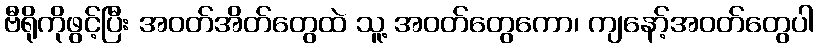
ဗီရိုကိုဖွင့်ပြီး အဝတ်အိတ်တွေထဲ သူ့ အဝတ်တွေကော၊ ကျနော့်အဝတ်တွေပါ